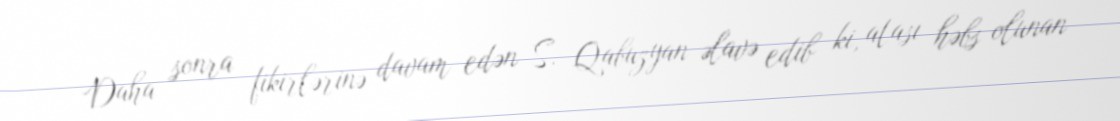
Daha sonra fikirlərinə davam edən S. Qabuzyan əlavə edib ki, atası həbs olunan